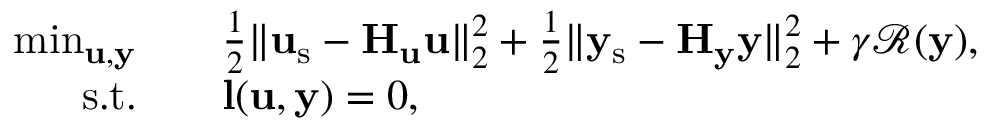
\begin{array} { r l } { \operatorname* { m i n } _ { \mathbf { u } , \mathbf { y } } \quad } & { \frac { 1 } { 2 } \| \mathbf { u } _ { \mathrm { s } } - \mathbf { H } _ { \mathbf { u } } \mathbf { u } \| _ { 2 } ^ { 2 } + \frac { 1 } { 2 } \| \mathbf { y } _ { \mathrm { s } } - \mathbf { H } _ { \mathbf { y } } \mathbf { y } \| _ { 2 } ^ { 2 } + \gamma \mathcal { R } ( \mathbf { y } ) , } \\ { \mathrm { s . t . } \quad } & { \mathbf { l } ( \mathbf { u } , \mathbf { y } ) = 0 , } \end{array}